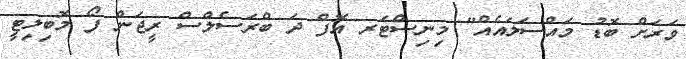
ވަރަށް ބޮޑު މައްސަލައެއް" މިނިސްޓަރ އޮފް ދަ ބްރަސެލްސް ރީޖަން ފޯ މޮބިލިޓީ